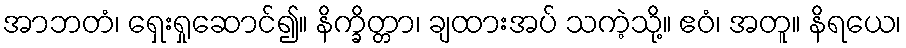
အာဘတံ၊ ရှေးရှုဆောင်၍။ နိက္ခိတ္တာ၊ ချထားအပ် သကဲ့သို့။ ဧဝံ၊ အတူ။ နိရယေ၊